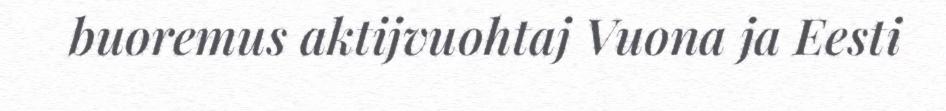
buoremus aktijvuohtaj Vuona ja Eesti